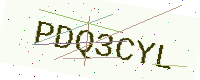
Text: PDQ3CYL